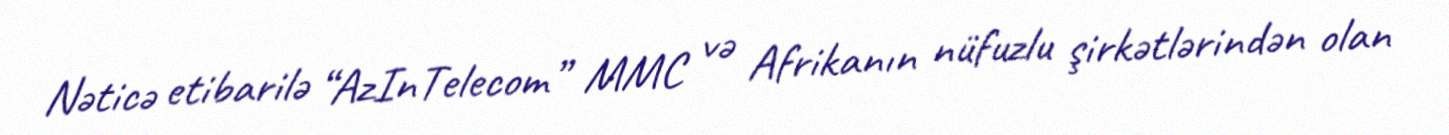
Nəticə etibarilə “AzInTelecom” MMC və Afrikanın nüfuzlu şirkətlərindən olan